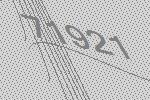
71921